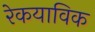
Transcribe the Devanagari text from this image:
रेकयाविक